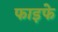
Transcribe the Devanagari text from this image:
फाइफे